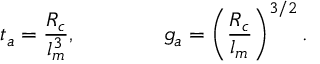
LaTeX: t _ { a } = { \frac { R _ { c } } { l _ { m } ^ { 3 } } } , \qquad \qquad g _ { a } = \left( { \frac { R _ { c } } { l _ { m } } } \right) ^ { 3 / 2 } .